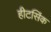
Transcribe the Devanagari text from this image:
हीटसिंक